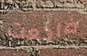
ضاجعت